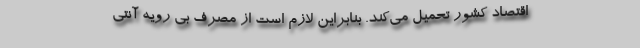
اقتصاد کشور تحمیل می‌کند. بنابراین لازم است از مصرف بی رویه آنتی